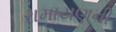
રામાયણની